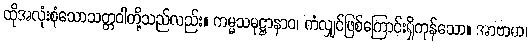
ထိုအလုံးစုံသောသတ္တဝါတို့သည်လည်း။ ကမ္မသမုဋ္ဌာနာဝ၊ ကံလျှင်ဖြစ်ကြောင်းရှိကုန်သော။ အာဗာဓာ၊